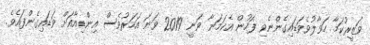
ވަޒީރުކަމާ ހަވާލުވެވަޑައިގެންނެވި ފަހުން އެކަމަނާ ވަނީ 2019 ވަނަ އަހަރުވެސް އިންޑިއާއަށް ވަޑައިގެންފައެވެ.